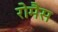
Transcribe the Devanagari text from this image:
रोमैंस